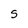
Character: S